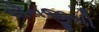
એનજીસી